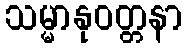
သမ္မာနုဝတ္တနာ